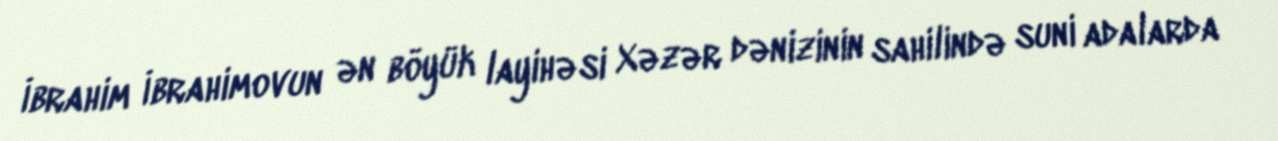
İbrahim İbrahimovun ən böyük layihəsi Xəzər dənizinin sahilində suni adalarda